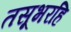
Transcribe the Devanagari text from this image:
तसूभरहि